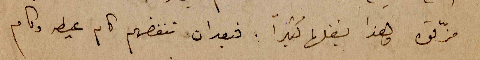
مزّقوه وهذا يشغلها كثيراً. فبعد ان تنفضهم كام عيطه وكام